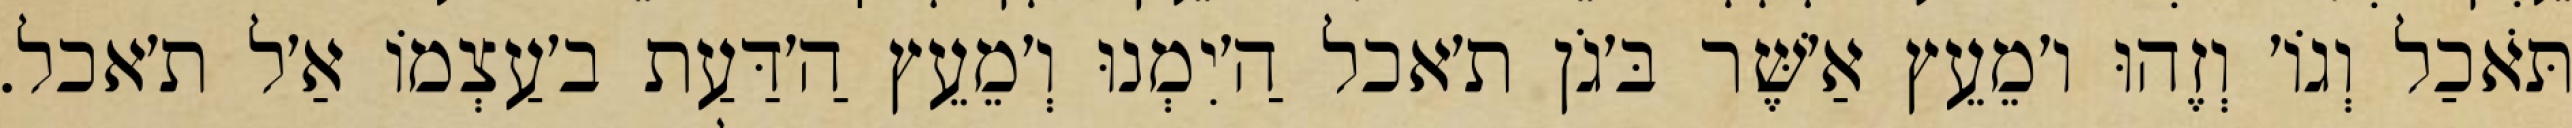
תֹּאכַל וְגוֹ׳ וְזֶהוּ ו׳מֵעֵץ אַ׳שֶּׁר בּ׳גֹן ת׳אכל הַ׳יִמְנוּ וְ׳מֵעֵץ הַ׳דַּעַת ב׳עַצְמוֹ אַ׳ל ת׳אכל.